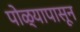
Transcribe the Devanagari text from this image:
पोळ्यापासून